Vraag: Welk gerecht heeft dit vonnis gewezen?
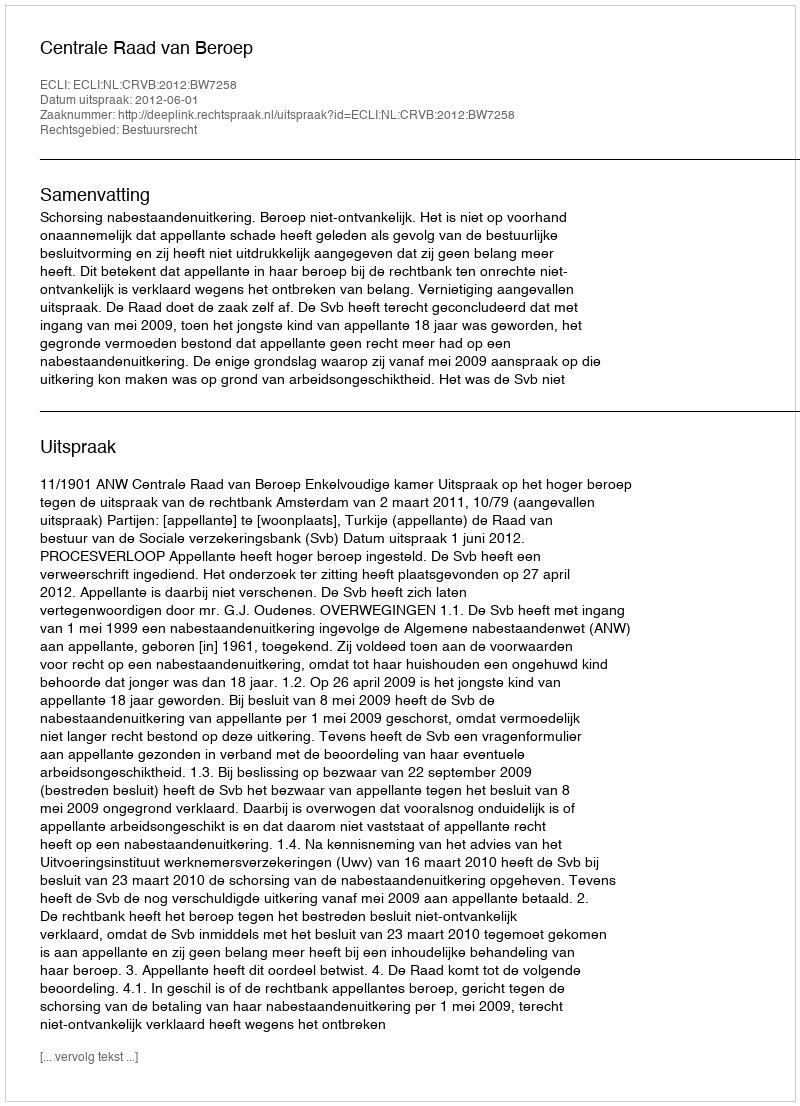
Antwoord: Centrale Raad van Beroep